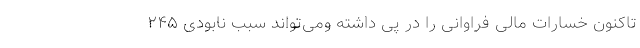
تاکنون خسارات مالی فراوانی را در پی داشته ومی‌تواند سبب نابودی ۲۴۵